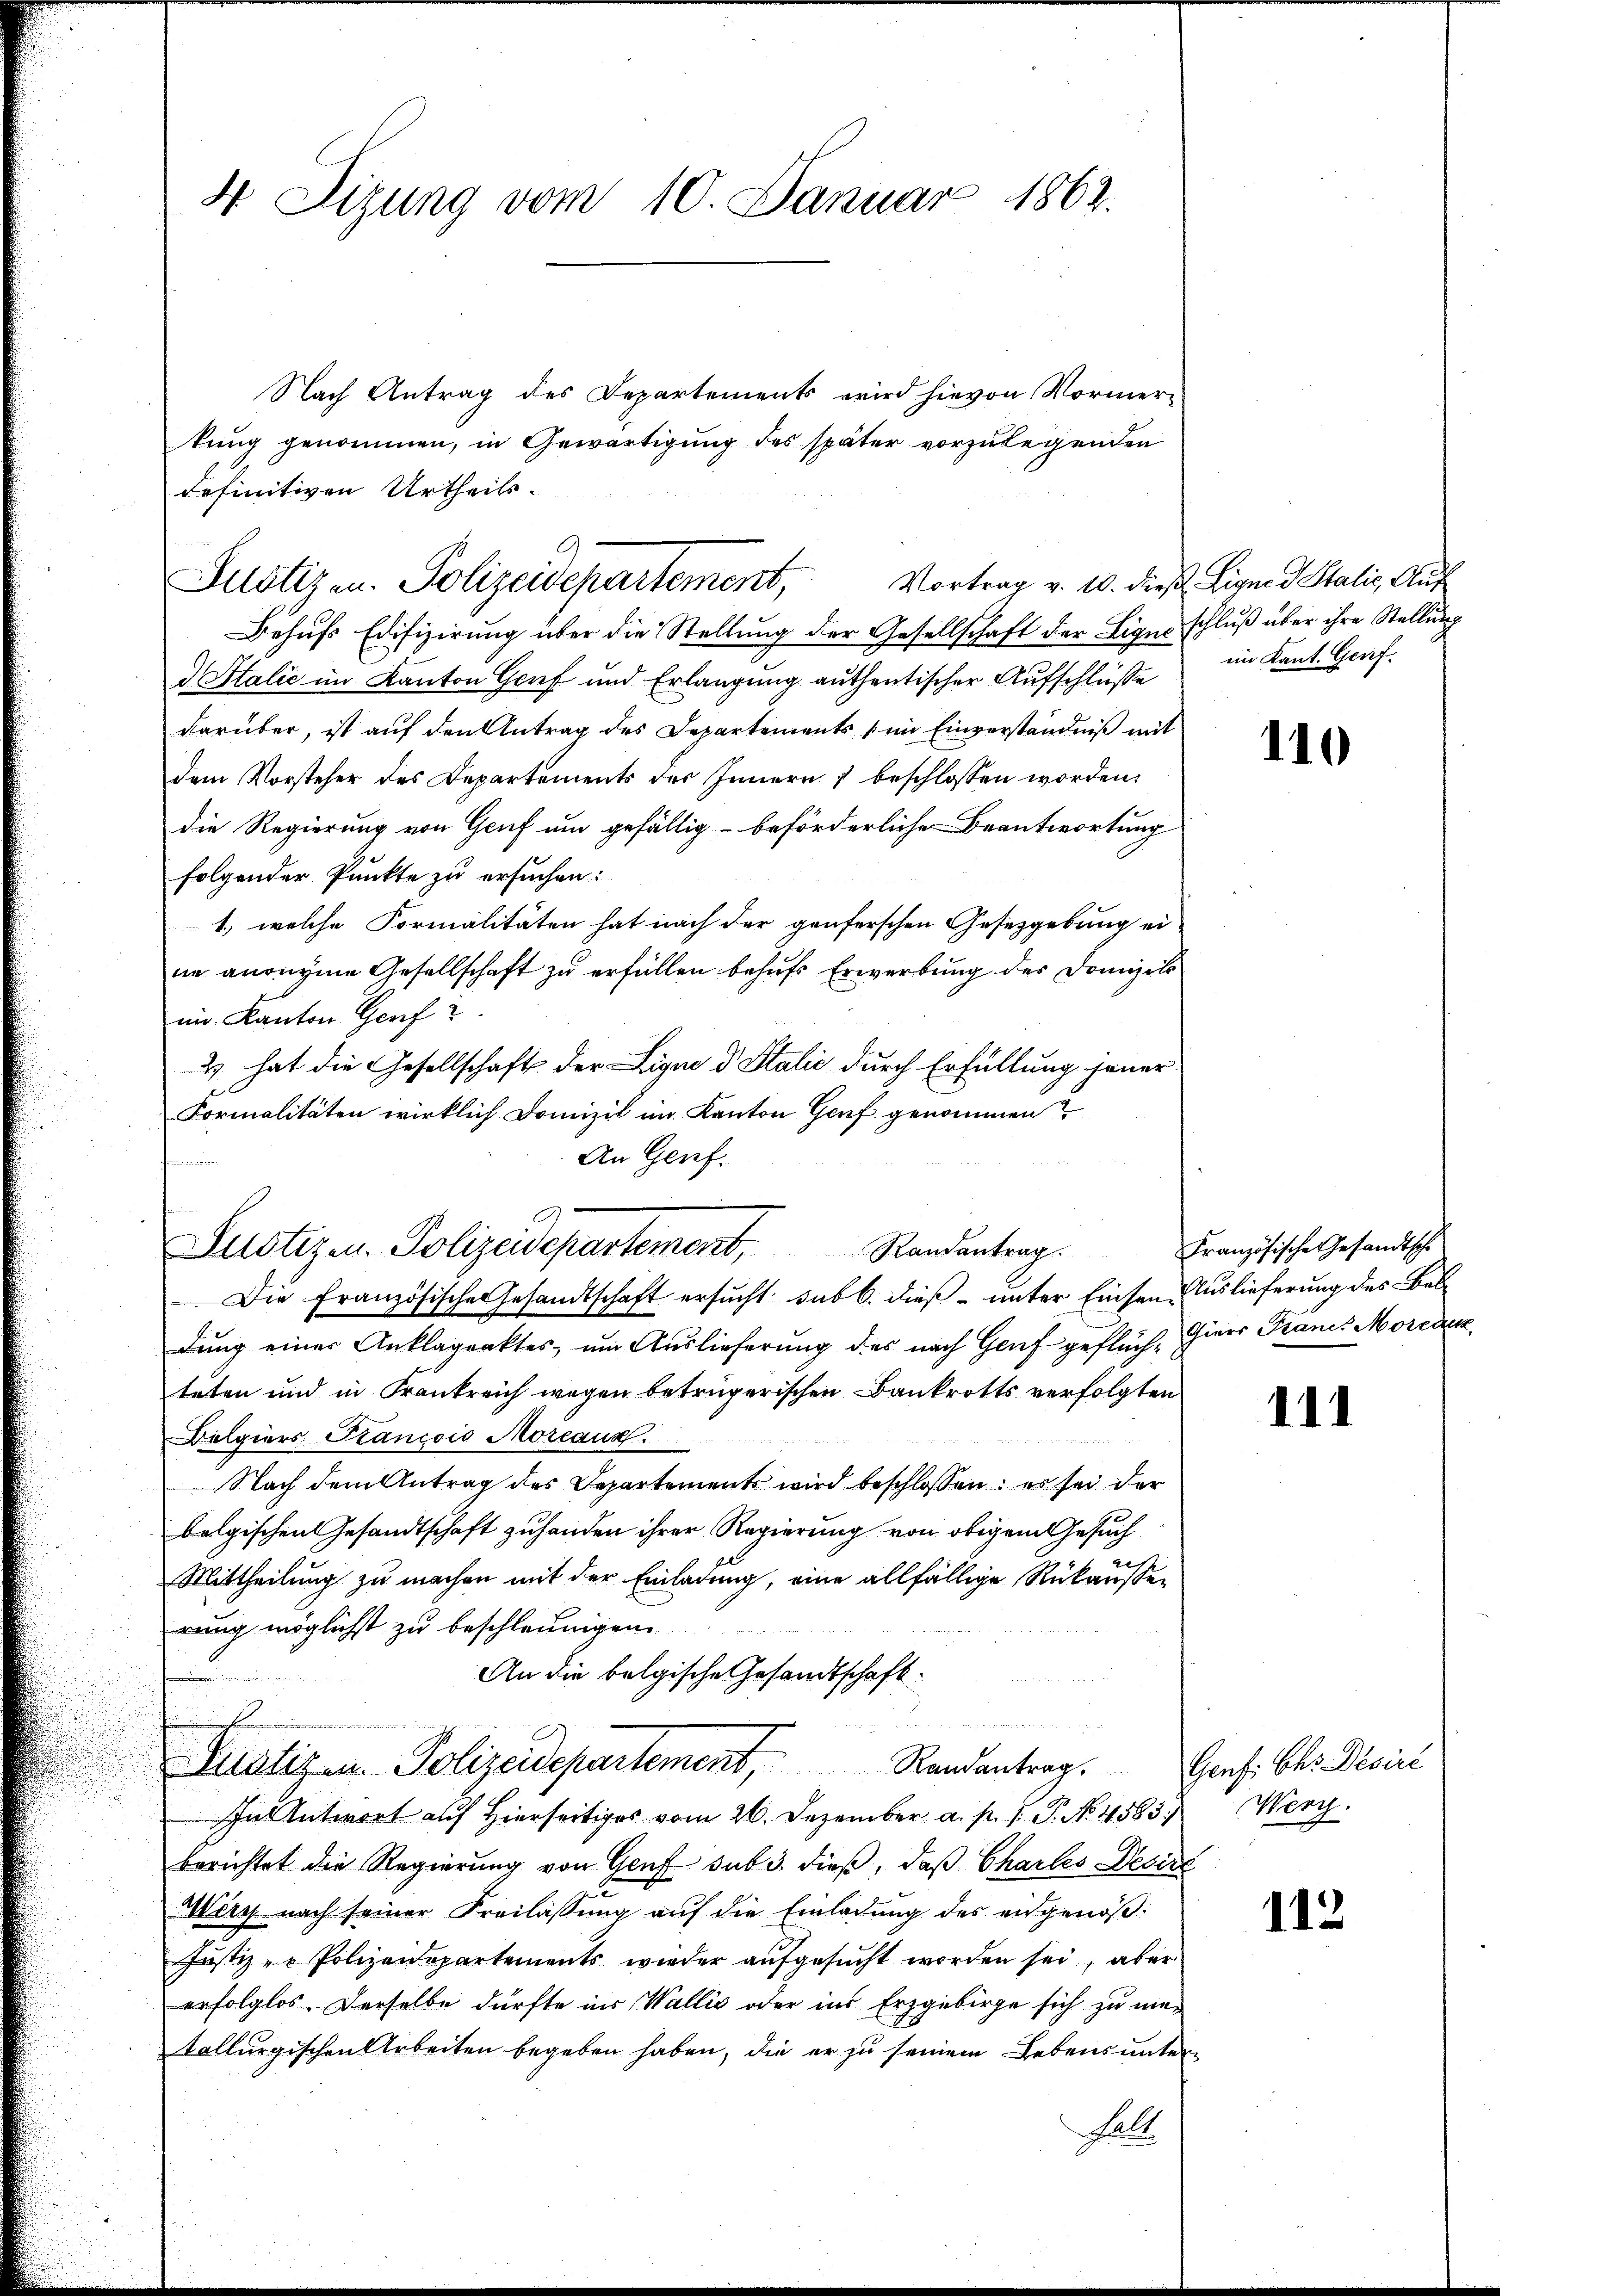
4 Sizung vom 10. Januar 1862.

2
Justizen. Polizeidepartement,

Purotizen Polizeidepartement,

Nach Antrag des Departements wird hievon Vormer-
tung genommen, in Gewärtigung des später vorzulegenden
definitiven Urtheils.
Vortrag v. 18. dieß Ligno d. Stalić, Auf
Behufs Edifizirung über die Stellung der Gesellschaft der Liges schluß über ihre Stellung
d Italić im Kanton Genf und Erlangung authentischer Aufschlüße
darüber, ist auf den Antrag des Departements im Einverständniß mit
dem Vorsteher des Departements des Innern & beschlossen worden.
die Regierung von Genf um gefällig beförderliche Beantwortung
folgender Punkte zu ersuchen:
1.) welche Formalitäten hat nach der genferschen Gesetzgebung ei-
ne anonyme Gesellschaft zu erfüllen behufs Erwerbung des Domizils
im Kanton Genf
2 hat die Gesellschaft der Lique d Stalić durch Erfüllung jener
Formalitäten wirklich Domizil im Kanton Genf genommen?
An Genf.
fnun
Die Französische Gesandtschaft ersucht sub b. dieß unter Einsen Auslieferung des Beldung einer Anklägenktes, um Auslieferung des nach Genf gefluch, Giers Krancs Moreček
teten und in Frankreich wegen betrügerischen Bankrotts verfolgten
Belgiers Trancois Moreaux
Nach dem Antrag des Departements wird beschlossen: es sei der
belgischen Gesandtschaft zuhanden ihrer Regierung von obigem Gesuch
Mittheilung zu machen mit der Einladung, eine allfällige Rükausser
rung möglichst zu beschleunigen.
An die belgische Gesandtschaft¬
Ruraliten. Polizeidepartement, Randantrag. Genf. b. Desire
In Antwort auf Hierseitiges vom 26. Dezember a. p. P. No. 4583.
berichtet die Regierung von Genf sub 3. dieß, daß Charles Desire
Mery nach seiner Freilassŭng aŭf die Einladŭng des eidgenöß¬
Justiz- & Polizeidepartements wieder aufgesucht worden sei, aber
erfolglos. Derselbe dürfte ins Wallis oder ins Erzgebirge sich zu matolburgischen Arbeiten begeben haben, die er zu seinem Lebens unter¬
Fall

ein Kant. Genf

Randantrag. Französische Gesandtsch

110

111

Werg.

112